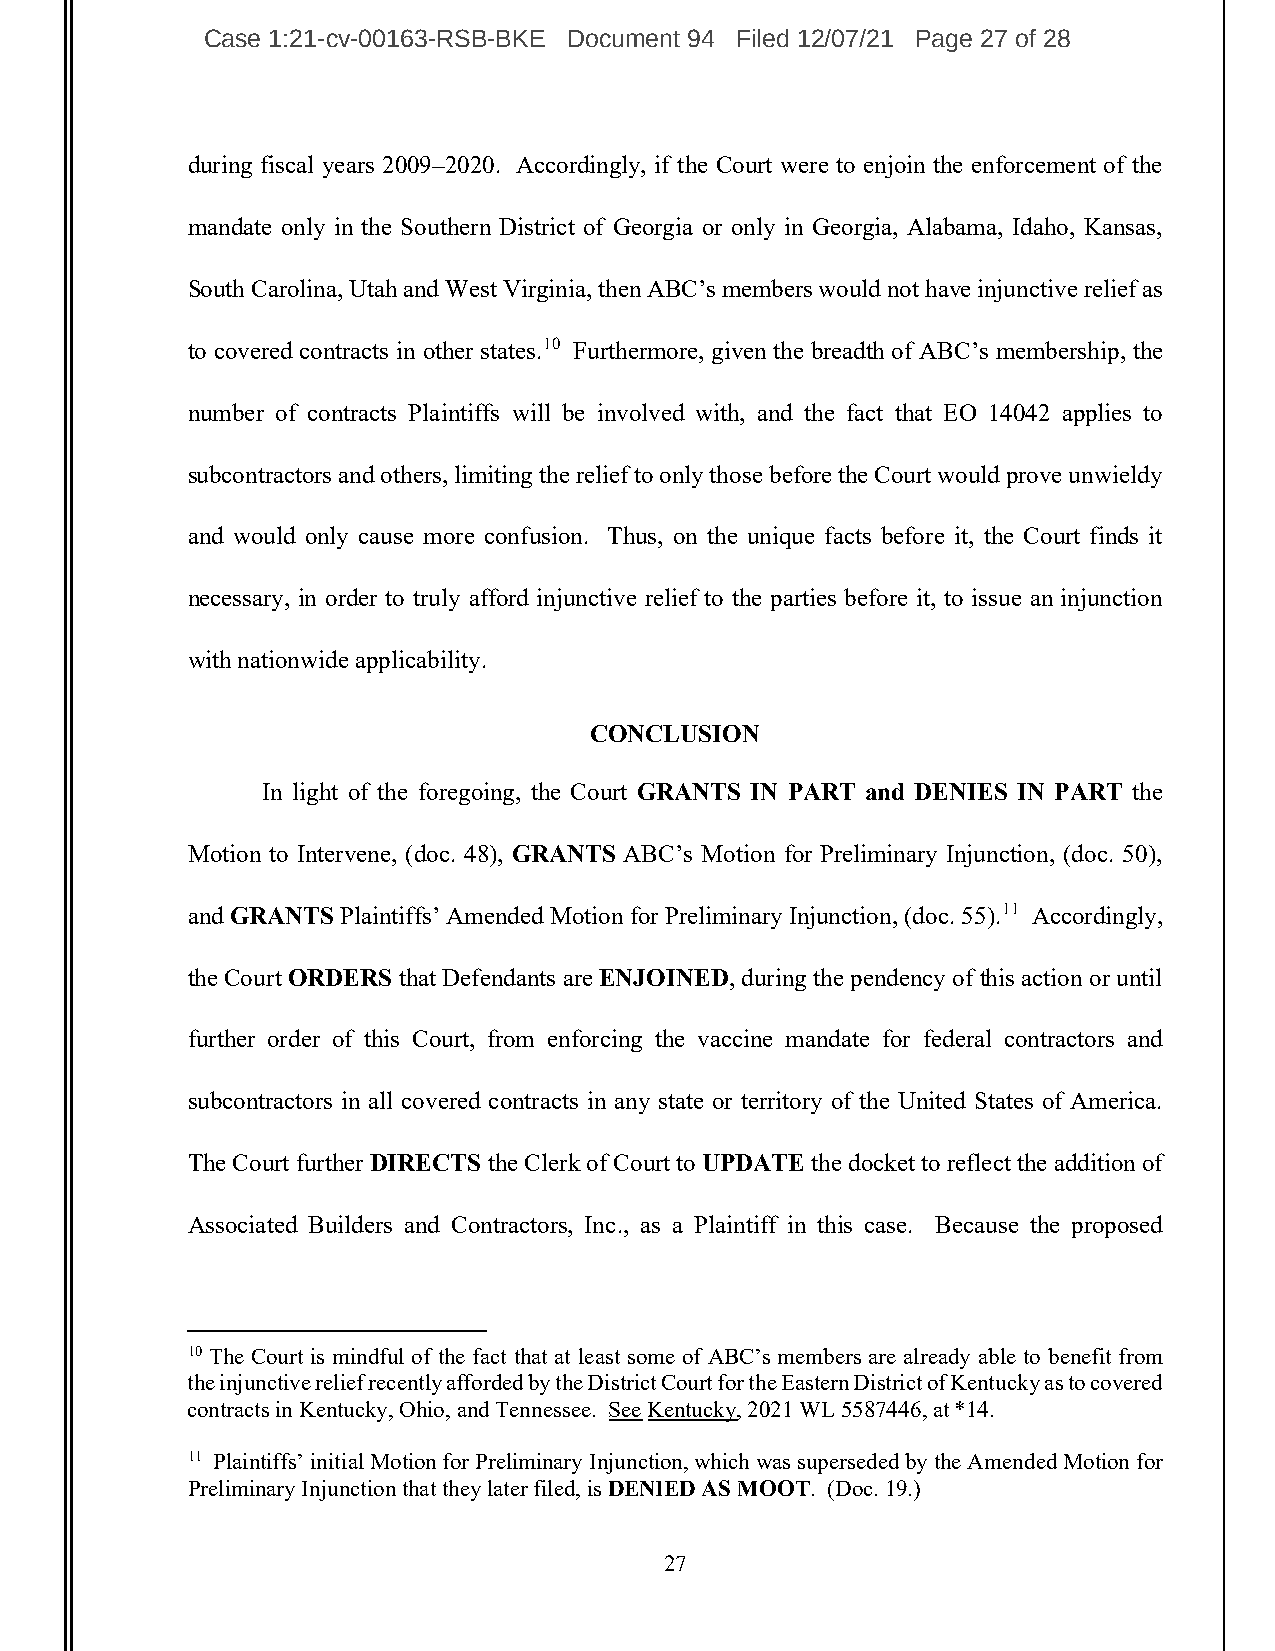
Case 1:21-cv-00163-RSB-BKE Document 94 Filed 12/07/21 Page 27 of 28
 during fiscal years 2009–2020. Accordingly, if the Court were to enjoin the enforcement of the
 mandate only in the Southern District of Georgia or only in Georgia, Alabama, Idaho, Kansas,
 South Carolina, Utah and West Virginia, then ABC’s members would not have injunctive relief as
 to covered contracts in other states.10 Furthermore, given the breadth of ABC’s membership, the
 number of contracts Plaintiffs will be involved with, and the fact that EO 14042 applies to
 subcontractors and others, limiting the relief to only those before the Court would prove unwieldy
 and would only cause more confusion. Thus, on the unique facts before it, the Court finds it
 necessary, in order to truly afford injunctive relief to the parties before it, to issue an injunction
 with nationwide applicability.
 CONCLUSION
 In light of the foregoing, the Court GRANTS IN PART and DENIES IN PART the
 Motion to Intervene, (doc. 48), GRANTS ABC’s Motion for Preliminary Injunction, (doc. 50),
 and GRANTS Plaintiffs’ Amended Motion for Preliminary Injunction, (doc. 55).11 Accordingly,
 the Court ORDERS that Defendants are ENJOINED, during the pendency of this action or until
 further order of this Court, from enforcing the vaccine mandate for federal contractors and
 subcontractors in all covered contracts in any state or territory of the United States of America.
 The Court further DIRECTS the Clerk of Court to UPDATE the docket to reflect the addition of
 Associated Builders and Contractors, Inc., as a Plaintiff in this case. Because the proposed
 10 The Court is mindful of the fact that at least some of ABC’s members are already able to benefit from
 the injunctive relief recently afforded by the District Court for the Eastern District of Kentucky as to covered
 contracts in Kentucky, Ohio, and Tennessee. See Kentucky, 2021 WL 5587446, at *14.
 11 Plaintiffs’ initial Motion for Preliminary Injunction, which was superseded by the Amended Motion for
 Preliminary Injunction that they later filed, is DENIED AS MOOT. (Doc. 19.)
 27